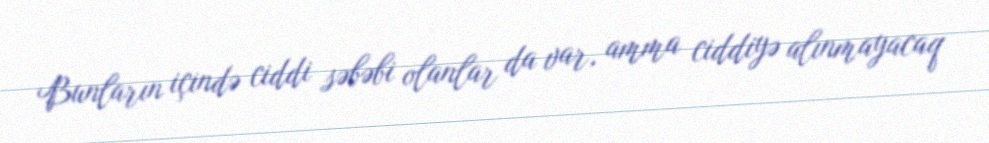
Bunların içində ciddi səbəbi olanlar da var, amma ciddiyə alınmayacaq